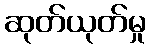
ဆုတ်ယုတ်မှု